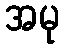
အမု